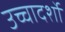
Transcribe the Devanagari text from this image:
उच्चादर्शो